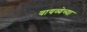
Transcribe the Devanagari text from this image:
वायव्येच्या